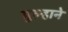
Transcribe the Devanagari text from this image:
गुल्हाने